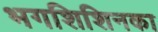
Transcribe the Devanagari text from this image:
भगशिशिनका